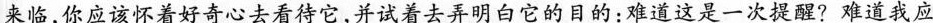
来临，你应该怀着好奇心去看待它，并试着去弄明白它的目的：难道这是一次提醒?难道我应